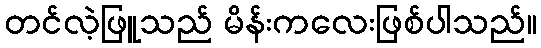
တင်လဲ့ဖြူသည် မိန်းကလေးဖြစ်ပါသည်။